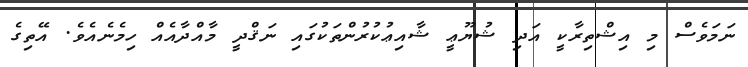
ނަމަވެސް މި އިޝްތިރާކީ އަދި ޝުޔޫޢީ ޝާއިޢުކުރުންތަކުގައި ނަޤްދީ މާއްދާއެއް ހިމެނެއެވެ. އޭތިގެ